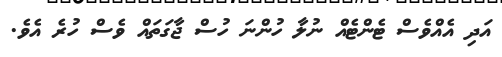
އަދި އެއްވެސް ޓެންޓެއް ނުލާ ހުންނަ ހުސް ޖާގަތައް ވެސް ހުރެ އެވެ.